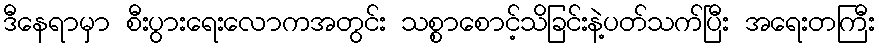
ဒီနေရာမှာ စီးပွားရေးလောကအတွင်း သစ္စာစောင့်သိခြင်းနဲ့ပတ်သက်ပြီး အရေးတကြီး